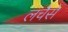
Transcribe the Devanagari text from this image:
लचैसे